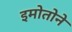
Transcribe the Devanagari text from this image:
इमोतोने